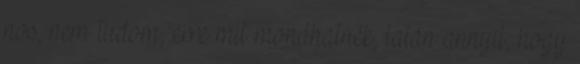
nos, nem tudom, erre mit mondhatnék, talán annyit, hogy